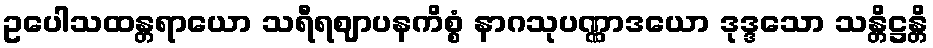
ဥပေါသထန္တရာယော သရီရဈာပနကိစ္စံ နာဂသုပဏ္ဏာဒယော ဒုဒ္ဒသော သန္တိဋ္ဌန္တိ